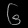
Digit: ၆